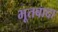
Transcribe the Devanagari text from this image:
भूतबादा